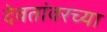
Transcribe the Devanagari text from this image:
देवतांवरच्या